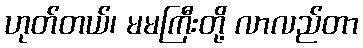
ဟုတ်တယ်၊ မမကြီးတို့ လာလည်တာ